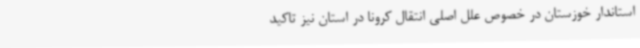
استاندار خوزستان در خصوص علل اصلی انتقال کرونا در استان نیز تاکید